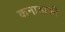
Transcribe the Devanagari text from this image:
कनाडाकी